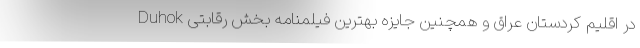
Duhok در اقلیم کردستان عراق و همچنین جایزه بهترین فیلمنامه بخش رقابتی